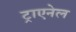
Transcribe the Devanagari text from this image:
ट्राएनेल